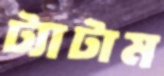
ট্যাটাম